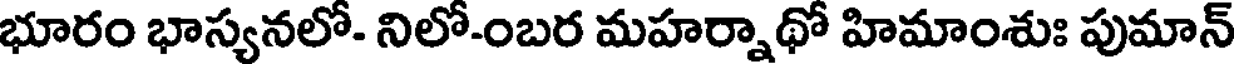
భూరం భాస్యనలో- నిలో-ంబర మహర్నాథో హిమాంశుః పుమాన్